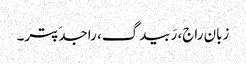
زبان راج، رَبیدگ، راجدَپتر۔